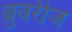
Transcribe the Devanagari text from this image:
ब्रुवरीज